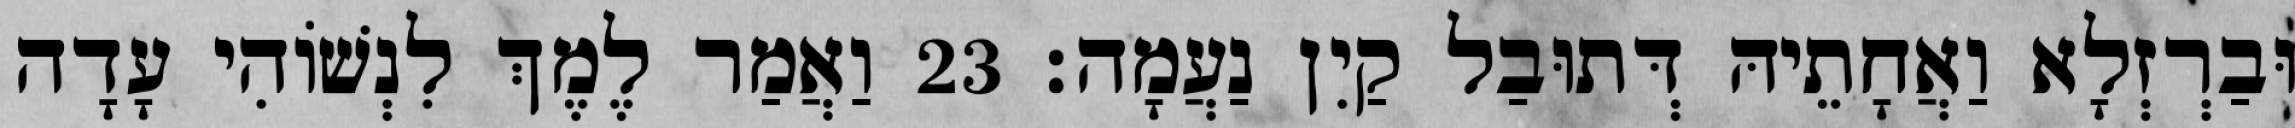
וּבַרְזְלָא וַאֲחָתֵיהּ דְּתוּבַל קַיִן נַעֲמָה׃ 23 וַאֲמַר לֶמֶךְ לִנְשׁוֹהִי עָדָה